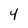
Character: 4